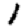
Digit: 1